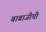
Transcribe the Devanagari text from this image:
बाबाजीची